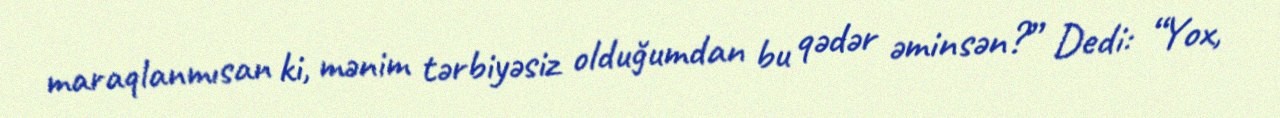
maraqlanmısan ki, mənim tərbiyəsiz olduğumdan bu qədər əminsən?” Dedi: “Yox,